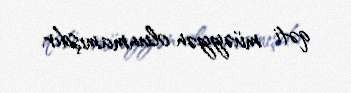
qəti müəyyən olunmamışdır.